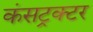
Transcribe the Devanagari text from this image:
कंसट्रक्टर